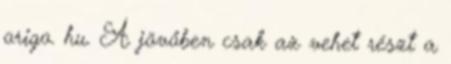
origo. hu. A jövőben csak az vehet részt a